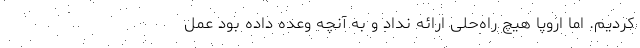
کردیم. اما اروپا هیچ راه‌حلی ارائه نداد و به آنچه وعده داده بود عمل